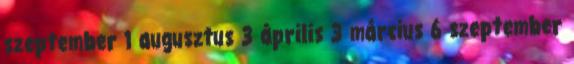
szeptember 1 augusztus 3 április 3 március 6 szeptember